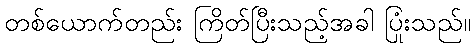
တစ်ယောက်တည်း ကြိတ်ပြီးသည့်အခါ ပြုံးသည်။